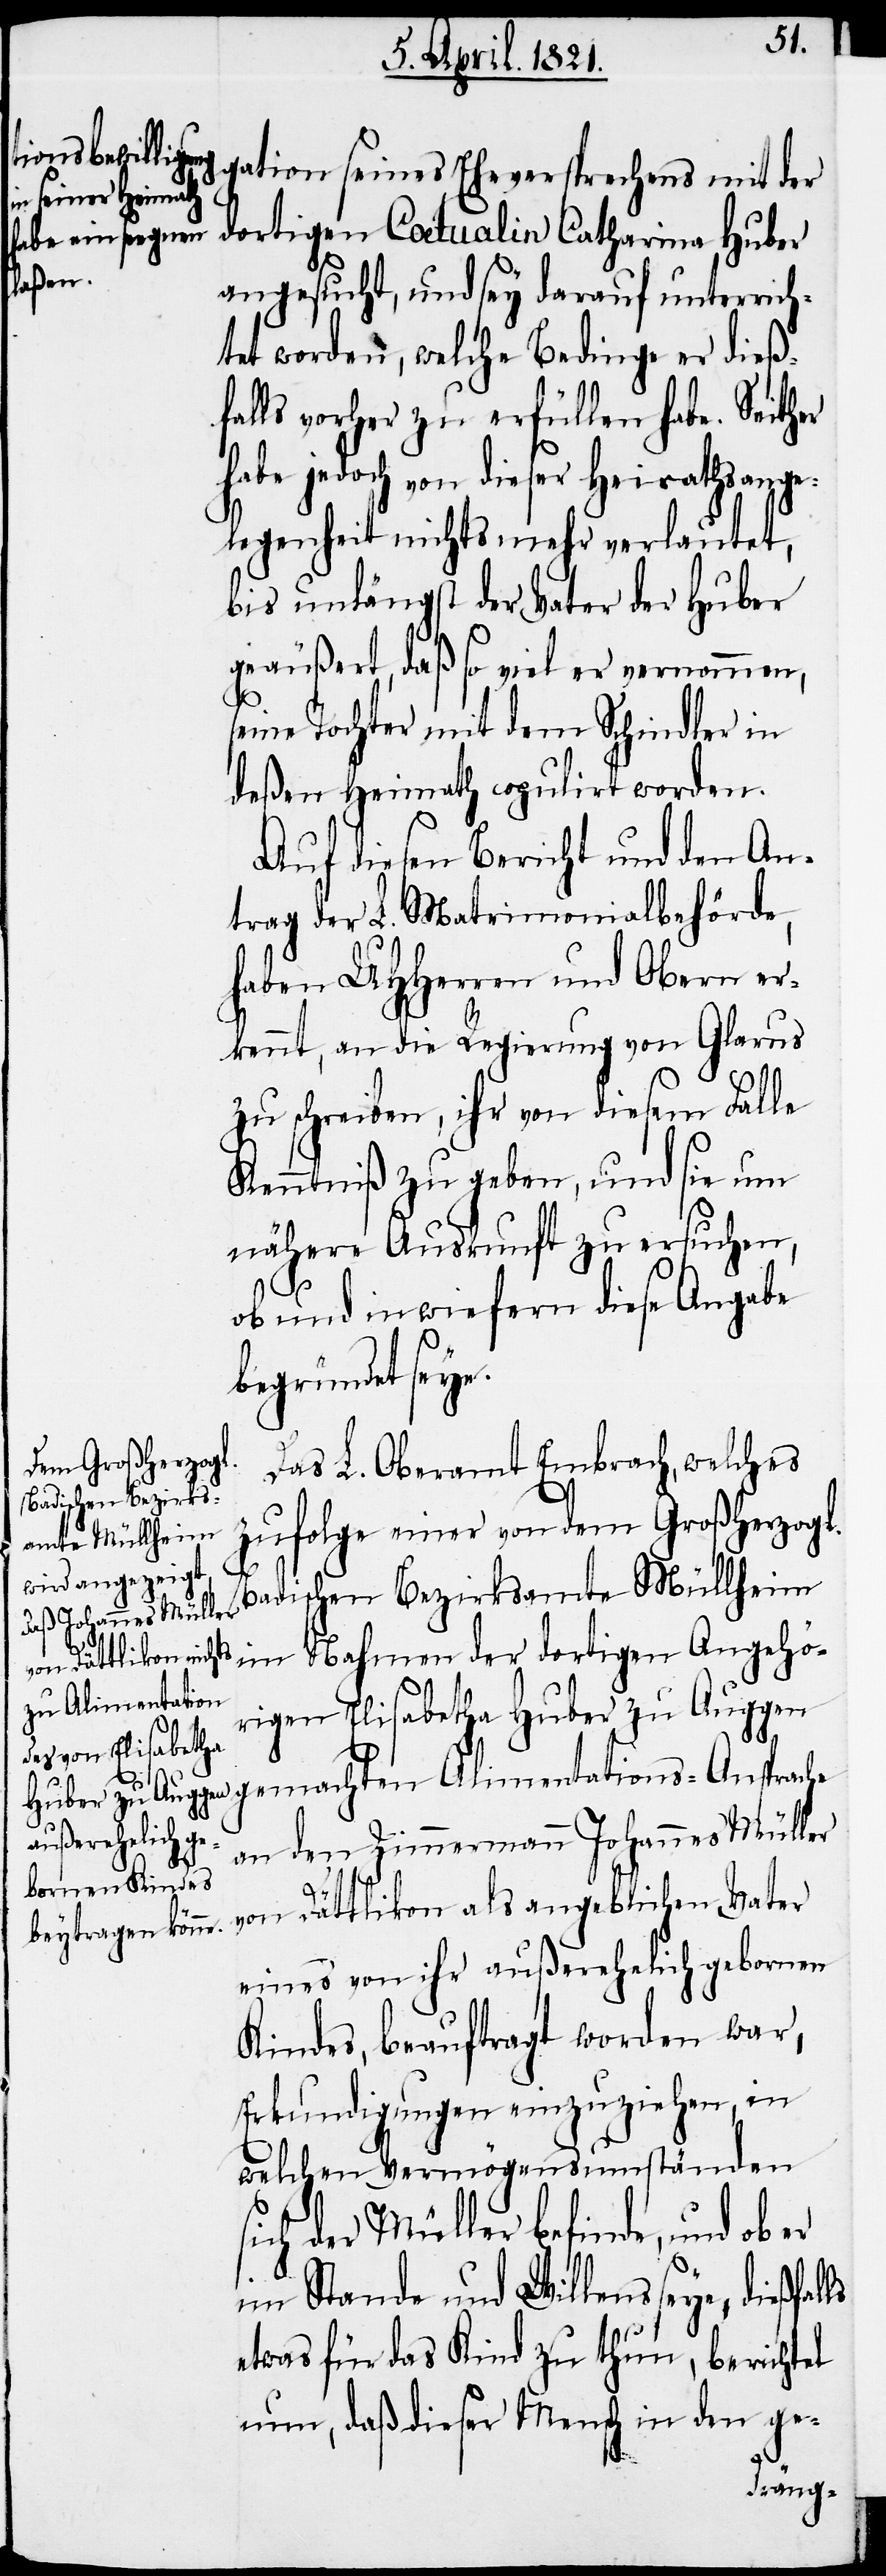
dortigen Coetualin Catharina Huber
angesucht, und sey darauf unterrich¬
tet worden, welche Bedinge er dieß¬
falls vorher zu erfüllen habe. Seither
habe jedoch von dieser Heirathsange¬
legenheit nichts mehr verlautet,
bis unlängst der Vater der Huber
geäußert, daß so viel er vernommen,
seine Tochter mit dem Schindler in
deßen Heimath copulirt worden.
Auf diesen Bericht und den An¬
trag der L. Matrimonialbehörde,
haben UHHerren und Obern er¬
kennt, an die Regierung von Glarus
zu schreiben, ihr von diesem Falle
Kenntniß zu geben, und sie um
nähere Auskunft zu ersuchen,
ob und in wiefern diese Angabe
begründet seye.
Das L. Oberamt Embrach, welches
zufolge einer von dem Großherzogl.
Badischen Bezirksamte Müllheim
Huber zu Auggen gemachten Alimentations-Ansprache
an den Zimmermann Johannes Müller
ls
von Dättlikon als angeblichen Vater
eines von ihr außerehelich gebornen
Kindes, beauftragt worden war,
Erkundigungen einzuziehen, in
welchen Vermögensumständen
sich der Müller befinde, und ob er
im Stande und Willens seye, dießfal¬
etwas für das Kind zu thun, berichtet
nun, daß dieser Mensch in den ge-